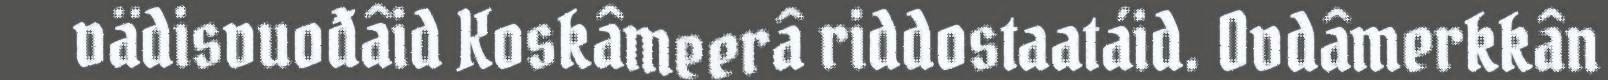
vädisvuođâid Koskâmeerâ riddostaatáid. Ovdâmerkkân